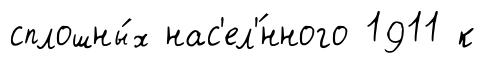
сплошны́х нас'ел'́нного 1911 к